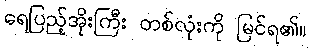
ရေပြည့်အိုးကြီး တစ်လုံးကို မြင်ရ၏။